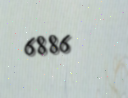
6886